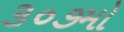
૩૦૭મો